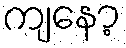
ကျနော့